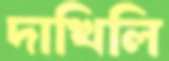
দাখিলি